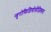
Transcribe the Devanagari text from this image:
न्यूरोफिजियोलौजिकल